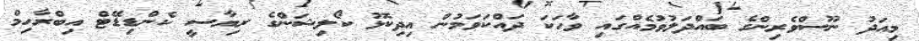
މިއަދު ނޫސްވެރިންގެ ބައްދަލުވުމެއްގައި ވާހަކަ ދައްކަވަމުން އިދިކޮޅު ކޯލިޝަންގެ ރިޔާސީ ކެންޑިޑޭޓް އިބްރާހިމް